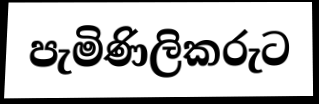
පැමිණිලිකරුට